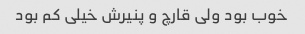
خوب بود ولی قارچ و پنیرش خیلی کم بود